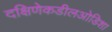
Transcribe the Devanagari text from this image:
दक्षिणेकडीलओडिशा